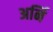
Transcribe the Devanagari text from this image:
अर्नि